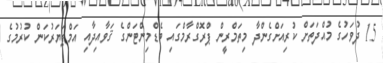
15 ދުވަހުގެ މުއްދަތަށް ކުރިއަށްގެންދާ މިތަމްރީން ޕްރޮގްރާމްގައި ބެޑްމިންޓަންގެ ޤަވާއިދާއި އަމްޕަޔަރުކަން ކުރުމުގެ